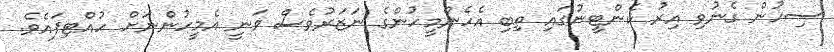
ސިހުން ގެނުވި އިރު ކެންޓީނުގައި ތިބި އެހެންމީހުންގެ ނަޒަރުވެސް ވަނީ އެމީހުންނަށް ހުއްޓިފައެވެ.